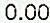
0.00